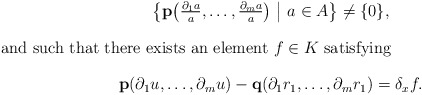
\begin{gather*} \bigl\{\mathbf{p}\bigl(\tfrac{\partial_1a}{a},\dots,\tfrac{\partial_ma}{a}\bigr) \ \big| \ a\in A\bigr\}\neq\{0\}, \intertext{and such that there exists an element $f\in K$ satisfying} \mathbf{p}(\partial_1u,\dots,\partial_mu)-\mathbf{q}(\partial_1r_1,\dots,\partial_mr_1)=\delta_xf.\end{gather*}